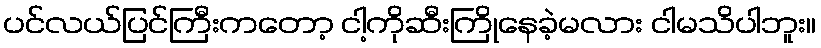
ပင်လယ်ပြင်ကြီးကတော့ ငါ့ကိုဆီးကြိုနေခဲ့မလား ငါမသိပါဘူး။